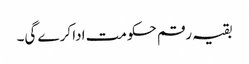
بقیہ رقم حکومت ادا کرے گی۔